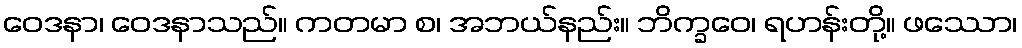
ဝေဒနာ၊ ဝေဒနာသည်။ ကတမာ စ၊ အဘယ်နည်း။ ဘိက္ခဝေ၊ ရဟန်းတို့။ ဖဿော၊